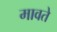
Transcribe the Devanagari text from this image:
मावते